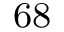
^ \mathrm { 6 8 }